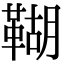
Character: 䩴